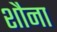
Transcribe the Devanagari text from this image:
शौना